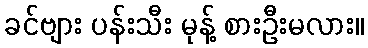
ခင်ဗျား ပန်းသီး မုန့် စားဦးမလား။